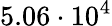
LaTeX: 5.06\cdot 10^{4}